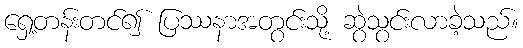
ရှေ့တန်းတင်၍ ပြဿနာအတွင်းသို့ ဆွဲသွင်းလာခဲ့သည်။